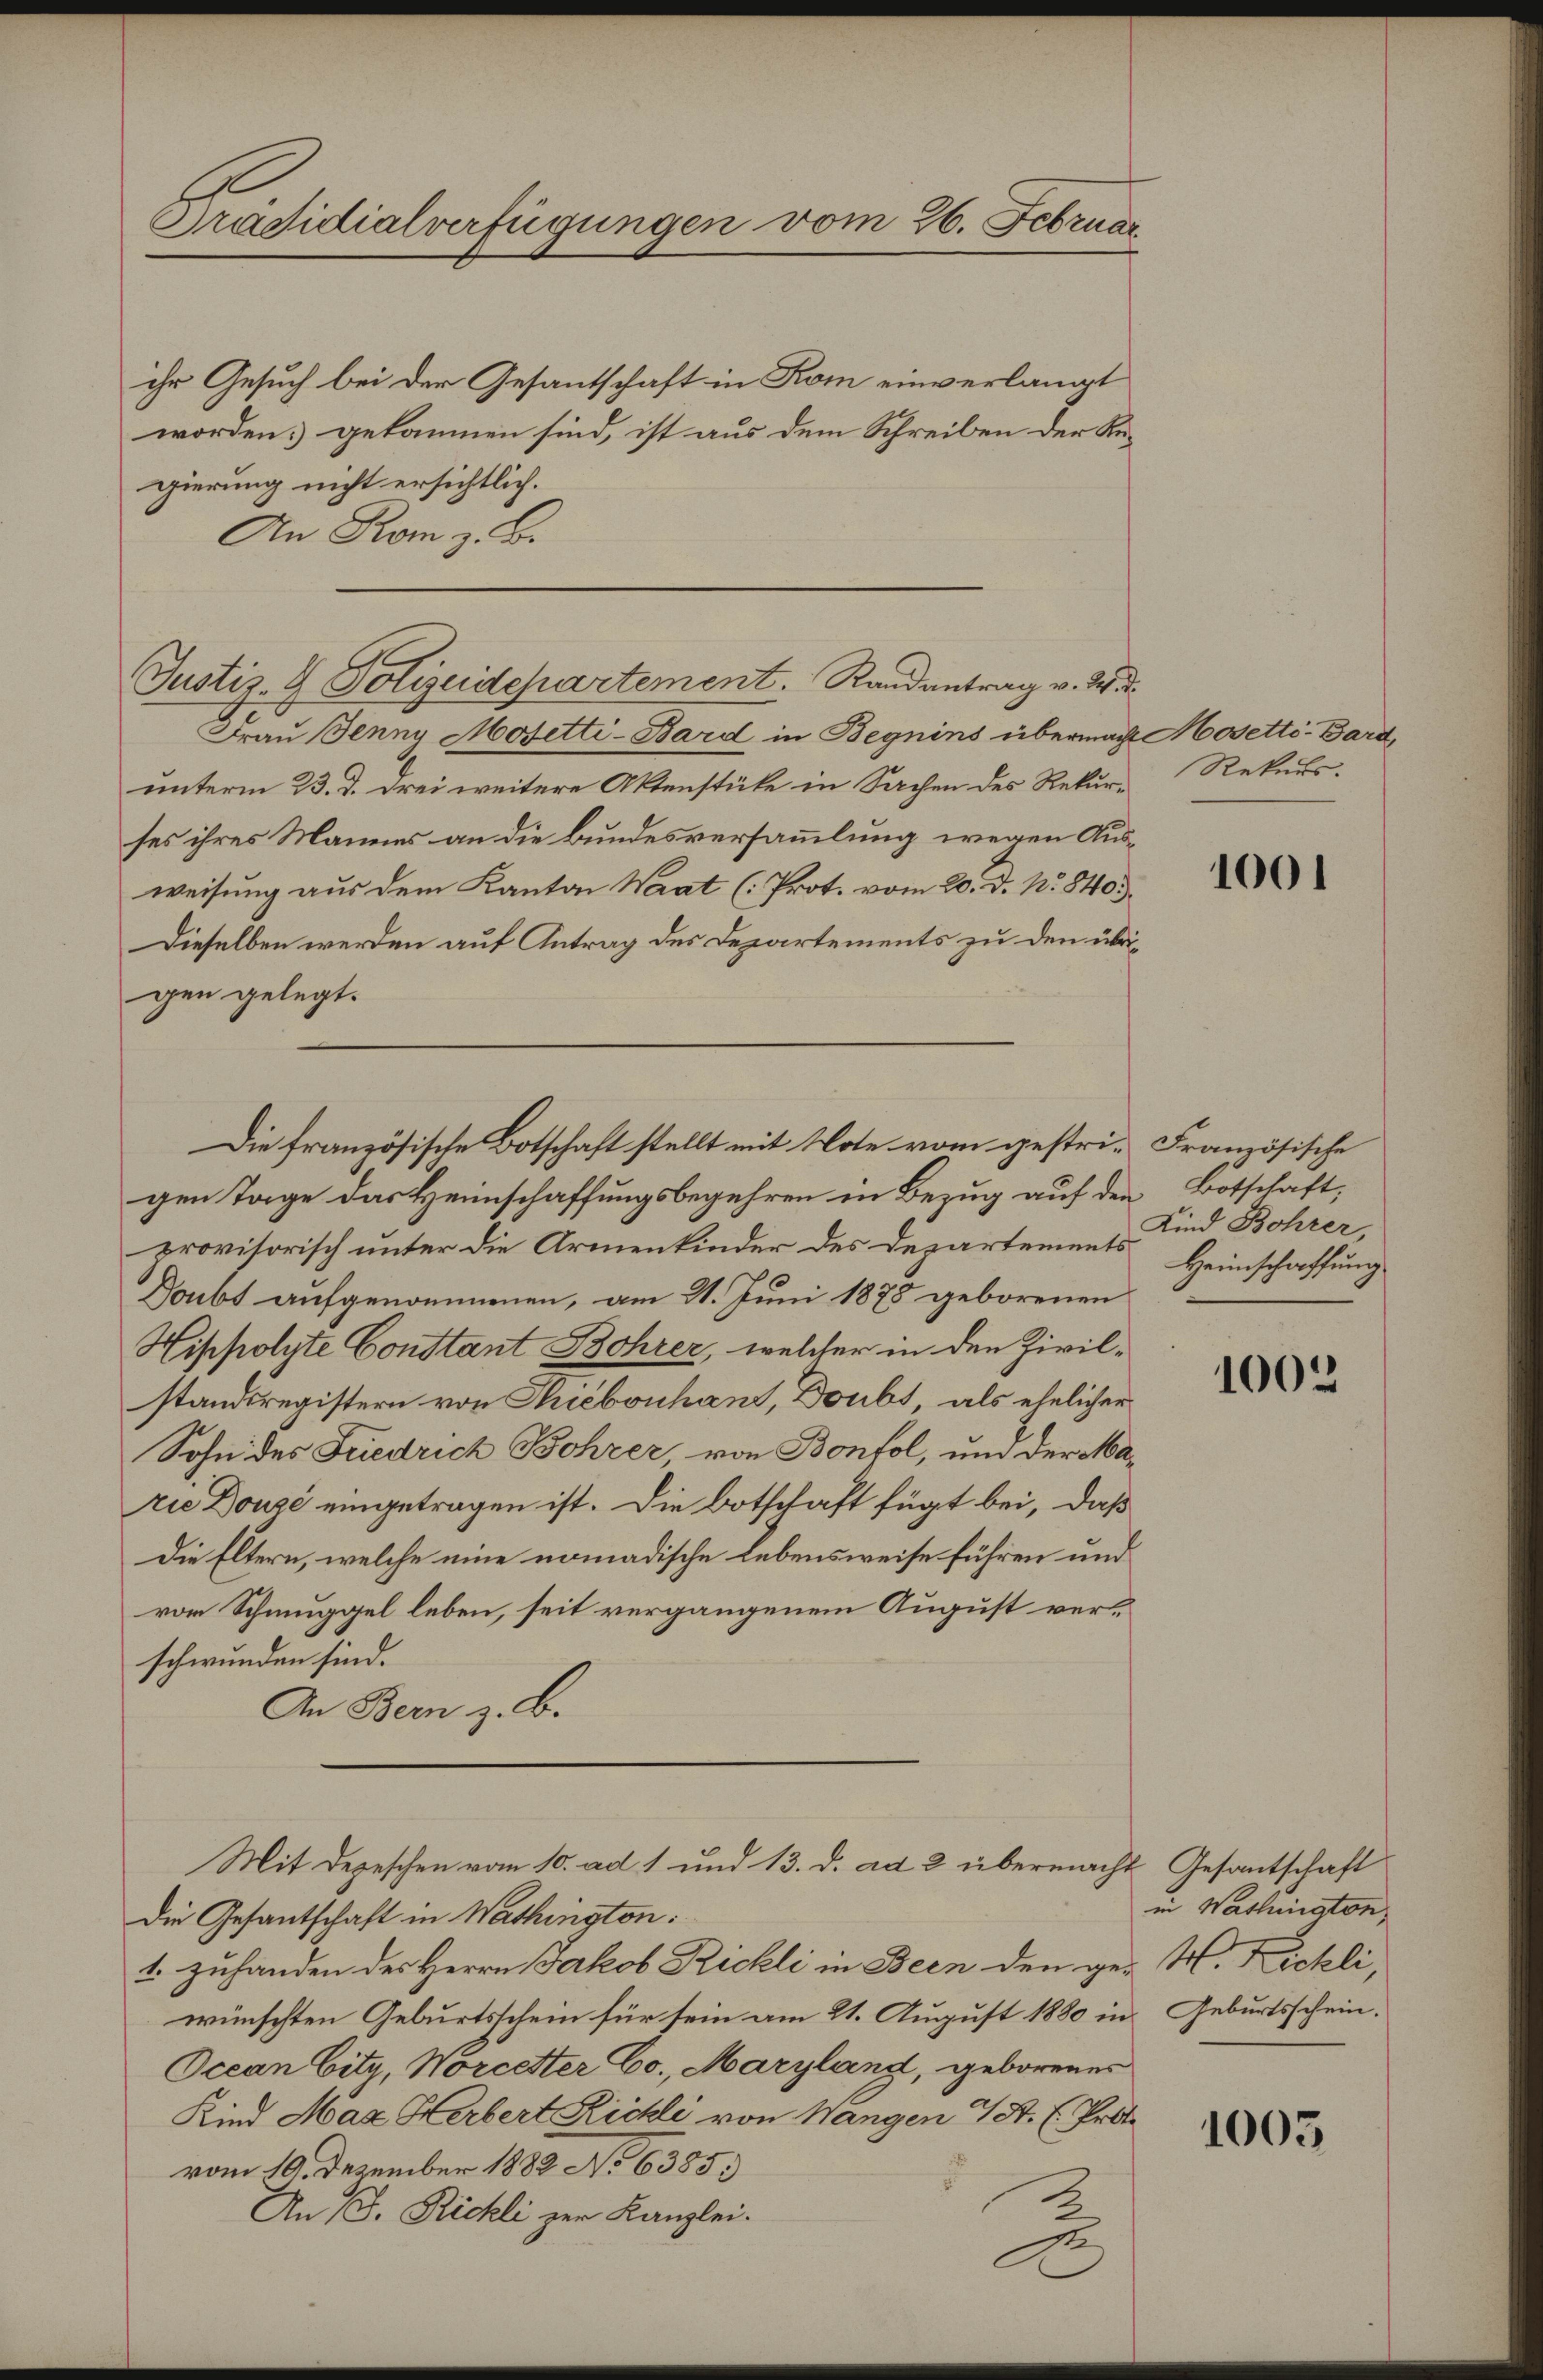
Präsidialverfügungen vom 26. Februar

ihr Gesuch bei der Gesantschaft in Kom einverlangt
worden gekommen sind, ist aus dem Schreiben der Regierung nicht ersichtlich.
An Rom z. B.
Frau Jenny Mosetti-Bard in Begnins übernach Mosetti-Bard
unterm 23. d. drei weitere Aktenstüke in Sachen des Rekurses ihres Mannes an die Bundesversammlung wegen Ausweisung aus dem Kanton Waat (Prot. vom 20. d. N. 840.)
Dieselben werden auf Antrag des Departements zu den übrigen gelegt.
gen Tage das Heimschaffungsbegehren in Bezug auf den Botschaft,
provisorisch unter die Armenkinder des Departements Heimschaffung
Doubt aufgenommenen, am 21. Juni 1878 geborenen
Hippolyte Constant Bohrer, welcher in den Zivil-
standsregistern von Thiebonhans, Doubt, als ehelicher
Sohn des Friedrich Bohrer, von Bontol, und der Marie Douze eingetragen ist. Die Botschaft fügt bei, daß
Die Eltern, welche eine nomadische Lebensweise führen und
vor Schmuggel leben, seit vergangenem August verschwunden sind.
An Bern z. B.
Mit Depeschen vom 10. ad 1 und 13. d. ad 2 übermacht Gesantschaft
Die Gesantschaft in Washington:
1. zuhanden des Herrn Jakob Rickli in Been den ge- H. Pichli,
wünschten Geburtsschein für sein am 21. August 1880 in Geburtsschein.
Ocean Citz, Norcetter Co., Maryland, geborenes
Kind Max Herbert Richli von Wangen St. C. Prot
vom 19. Dezember 1882 No 6385)
An B. Richli zur Kanzlei.
E

Justiz- & Polizeidepartement. Randantrag v. M.

Die französische Botschaft stellt mit Note vom gestri-Französische

Rekurs.

1001

Kind Bohrer,

1002

in Washington,

1005